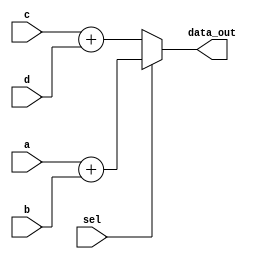
module mod_copy1 (sel, a, b, c, d, data_out);
input sel, a, b, c, d;
output data_out;

assign data_out= (sel)? (a+b) : (c+d) ;

endmodule